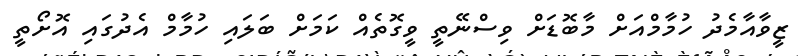
ޒީވާއާމެދު ހުމާމްއަށް މާބޮޑަށް ވިސްނޭތީ ވީގޮތެއް ކަމަށް ބަލައި ހުމާމް އެދުގައި އޮށޯތީ